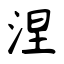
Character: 涅